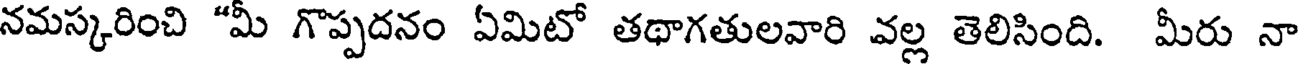
నమస్కరించి "మీ గొప్పదనం ఏమిటో తథాగతులవారి వల్ల తెలిసింది. మీరు నా